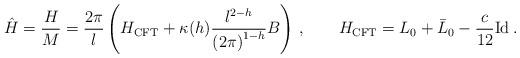
LaTeX: \begin{align*}{\hat H}=\frac{H}{M}=\frac{2\pi }{l}\left( H_{\mathrm{CFT}}+\kappa(h)\frac{l^{2-h}}{\left( 2\pi \right) ^{1-h}}B\right)\, ,\qquad H_{\mathrm{CFT}}=L_{0}+\bar{L}_{0}-\frac{c}{12}{\mathrm{Id}}\: .\end{align*}